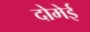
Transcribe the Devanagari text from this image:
दोमेई